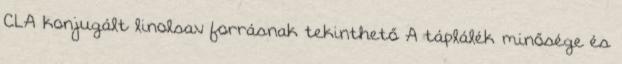
CLA konjugált linolsav forrásnak tekinthető A táplálék minősége és